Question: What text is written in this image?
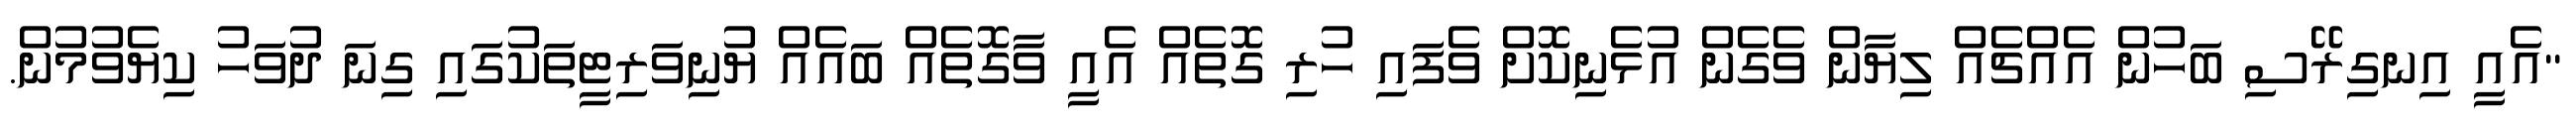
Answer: "އެއީ އިނގިރޭސި ބަހުން އެއްޗެއް ލިޔާން ވެގެން އުޅެނިކޮށް ވެފައި ހުރި ގޮތެއް އެއީ ވާގޮތެއް ބައެއް ޔުނިވަރިޓީތަކުގައި ގިނަ ދުވަހު ކިޔެވުމުން.